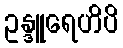
ဥန္ဒူရေဟိပိ